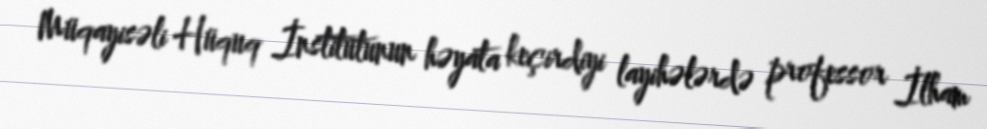
Müqayisəli Hüquq İnstitutunun həyata keçirdiyi layihələrdə professor İlham